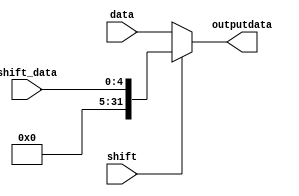
`timescale 1ns / 1ps
//////////////////////////////////////////////////////////////////////////////////
// Company: 
// Engineer: 
// 
// Design Name: 
// Module Name: Shift_selector
// Project Name: 
// Target Devices: 
// Tool Versions: 
// Description: 
// 
// Dependencies: 
// 
// Revision:
// Revision 0.01 - File Created
// Additional Comments:
// 
//////////////////////////////////////////////////////////////////////////////////


module Shift_selector(
    input[31:0] data,
    input[4:0] shift_data,
    input shift,
    output reg[31:0] outputdata
    );
    initial begin
        outputdata = 0;
    end
    
    always @(shift or data or shift_data) begin
        if(shift == 0) begin
            outputdata = data;
        end
        else begin
            outputdata = shift_data;
        end
        
    end
endmodule